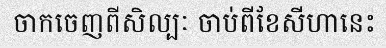
ចាកចេញពីសិល្បៈ ចាប់ពីខែសីហានេះ